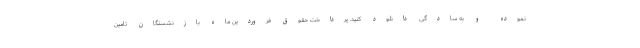
نموده و به سادگی دانلود کنید. پرداخت حقوق فروردین ماه بازنشستگان تامین